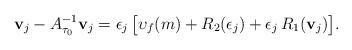
LaTeX: \begin{align*} \mathbf{v}_j-A_{\tau_0}^{-1}\mathbf{v}_j=\epsilon_j\,\big[\upsilon_f(m)+R_2(\epsilon_j)+\epsilon_j\,R_1(\mathbf{v}_j)\big].\end{align*}